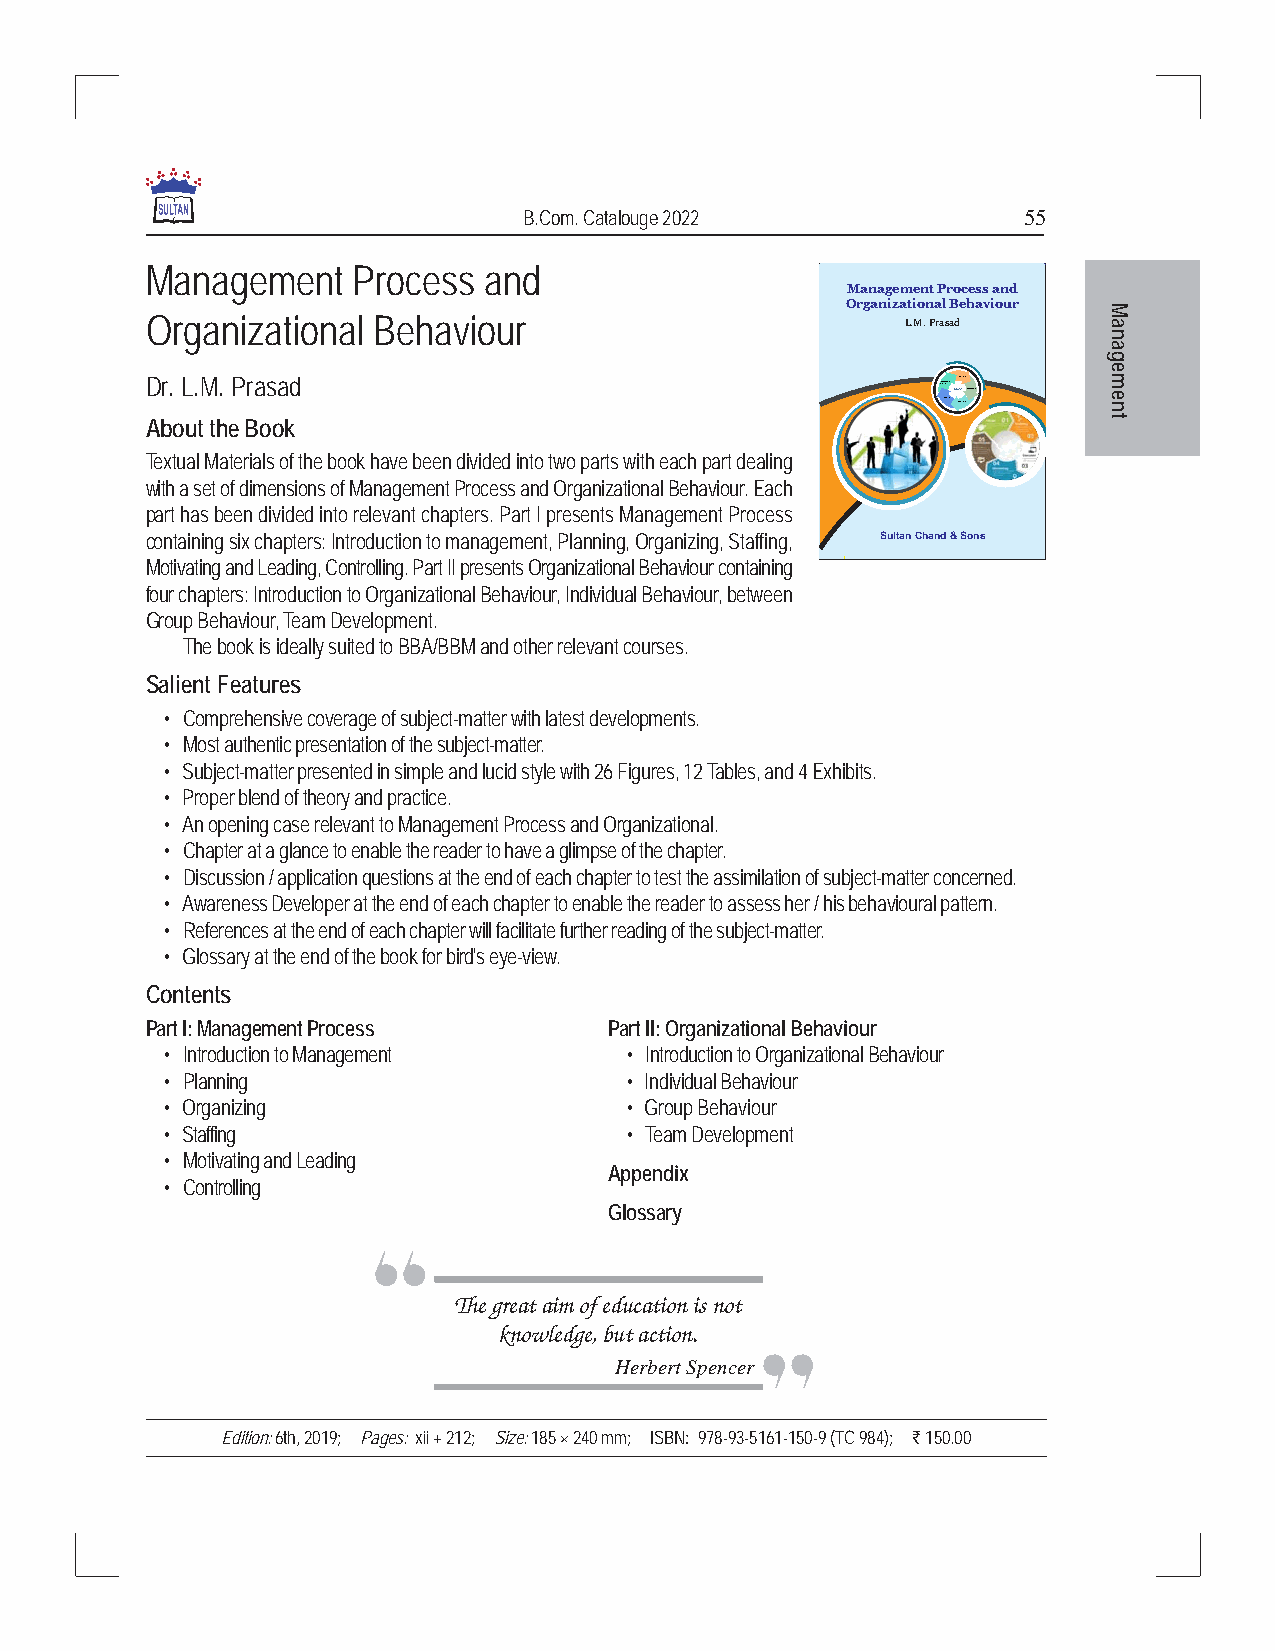
B.Com. Catalouge 2022            55
 Management   Process  and
 Management Process and
 Organizational Behaviour M
 Organizational Behaviour                          L.M. Prasad  a
 n
 a
 g
 e
 Dr. L.M. Prasad                                     P5la.Dnenvineglopment PMearnfoargmeam11 n.. ePP cnellaa tnnnniinngg
 2.Developing
 em
 4.Rating 3.Monitoring n
 About the Book                                                 t
 Textual Materials of the book have been divided into two parts with each part dealing
 with a set of dimensions of Management Process and Organizational Behaviour. Each
 part has been divided into relevant chapters. Part I presents Management Process
 containing six chapters: Introduction to management, Planning, Organizing, Staffing, Sultan Chand & Sons
 Motivating and Leading, Controlling. Part II presents Organizational Behaviour containing
 four chapters: Introduction to Organizational Behaviour, Individual Behaviour, between
 Group Behaviour, Team Development.
 The book is ideally suited to BBA/BBM and other relevant courses.
 Salient Features
 • Comprehensive coverage of subject-matter with latest developments.
 • Most authentic presentation of the subject-matter.
 • Subject-matter presented in simple and lucid style with 26 Figures, 12 Tables, and 4 Exhibits.
 • Proper blend of theory and practice.
 • An opening case relevant to Management Process and Organizational.
 • Chapter at a glance to enable the reader to have a glimpse of the chapter.
 • Discussion / application questions at the end of each chapter to test the assimilation of subject-matter concerned.
 • Awareness Developer at the end of each chapter to enable the reader to assess her / his behavioural pattern.
 • References at the end of each chapter will facilitate further reading of the subject-matter.
 • Glossary at the end of the book for bird's eye-view.
 Contents
 Part I: Management Process    Part II: Organizational Behaviour
 • Introduction to Management  • Introduction to Organizational Behaviour
 • Planning                    • Individual Behaviour
 • Organizing                  • Group Behaviour
 • Staffing                    • Team Development
 • Motivating and Leading
 Appendix
 • Controlling
 Glossary
 The great aim of education is not
 knowledge, but action.
 Herbert Spencer
 Edition: 6th, 2019; Pages: xii + 212; Size: 185 × 240 mm; ISBN: 978-93-5161-150-9 (TC 984); ` 150.00